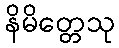
နိမိတ္တေသု